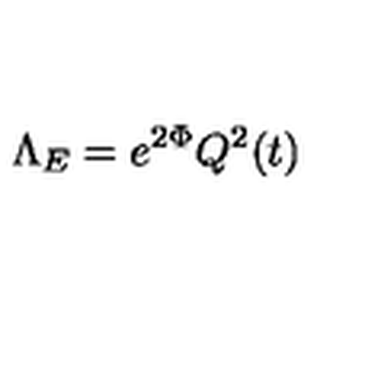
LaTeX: \Lambda _ { E } = e ^ { 2 \Phi } Q ^ { 2 } ( t )